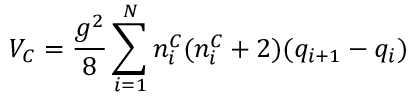
V _ { C } = \frac { g ^ { 2 } } { 8 } \sum _ { i = 1 } ^ { N } n _ { i } ^ { C } ( n _ { i } ^ { C } + 2 ) ( q _ { i + 1 } - q _ { i } )